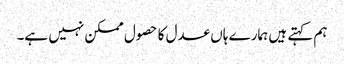
ہم کہتے ہیں ہمارے ہاں عدل کا حصول ممکن نہیں ہے۔